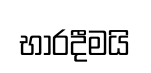
භාරදීමයි